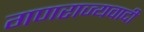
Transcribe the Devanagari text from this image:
गणराज्यवादी